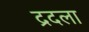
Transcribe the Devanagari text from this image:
द्रदला